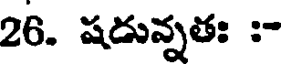
26. షడున్నతః :-